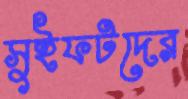
সুইফটদের